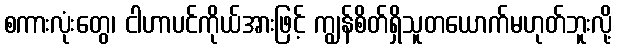
စကားလုံးတွေ၊ ငါဟာပင်ကိုယ်အားဖြင့် ကျွန်စိတ်ရှိသူတယောက်မဟုတ်ဘူးလို့